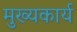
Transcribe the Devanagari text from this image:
मुख्यकार्य